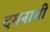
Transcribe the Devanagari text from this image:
दमनाची